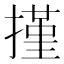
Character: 㨷